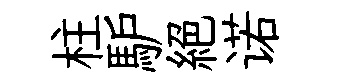
柱馿絕诺